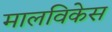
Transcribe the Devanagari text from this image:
मालविकेस